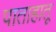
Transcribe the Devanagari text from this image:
पाताहातू